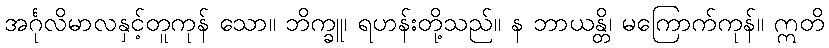
အင်္ဂုလိမာလနှင့်တူကုန် သော။ ဘိက္ခူ၊ ရဟန်းတို့သည်။ န ဘာယန္တိ၊ မကြောက်ကုန်။ ဣတိ